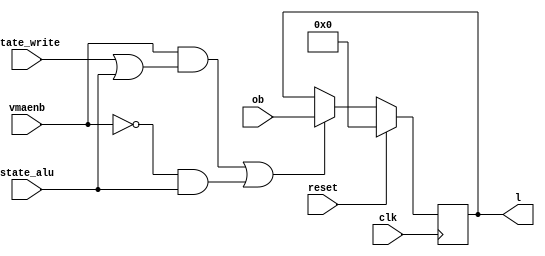
// L --- A CONTROL
//
// ---!!! Add description.
//
// History:
//
//   (20YY-MM-DD HH:mm:ss BRAD) Converted to Verilog.
//	???: Nets added.
//	???: Nets removed.
//   (1978-01-24 13:36:04 TK) Initial.

`timescale 1ns/1ps
`default_nettype none

module L(/*AUTOARG*/
   // Outputs
   l,
   // Inputs
   clk, reset, state_alu, state_write, ob, vmaenb
   );

   input clk;
   input reset;

   input state_alu;
   input state_write;

   input [31:0] ob;
   input vmaenb;
   output [31:0] l;

   ////////////////////////////////////////////////////////////////////////////////

   reg [31:0] l;

   ////////////////////////////////////////////////////////////////////////////////

   always @(posedge clk)
     if (reset)
       l <= 0;
     else
       // VMA is latched during STATE_ALU, so this must be too.
       if ((vmaenb && (state_write || state_alu)) || (~vmaenb && state_alu))
	 l <= ob;

endmodule

`default_nettype wire

// Local Variables:
// verilog-library-directories: ("..")
// End: